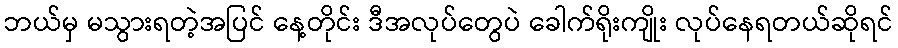
ဘယ်မှ မသွားရတဲ့အပြင် နေ့တိုင်း ဒီအလုပ်တွေပဲ ခေါက်ရိုးကျိုး လုပ်နေရတယ်ဆိုရင်